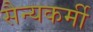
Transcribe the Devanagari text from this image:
सैन्यकर्मी